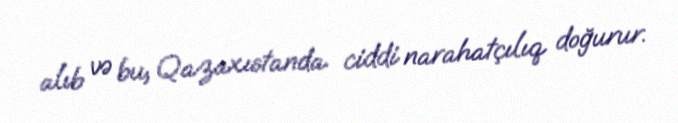
alıb və bu, Qazaxıstanda ciddi narahatçılıq doğurur.